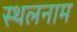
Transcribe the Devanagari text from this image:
स्थलनाम